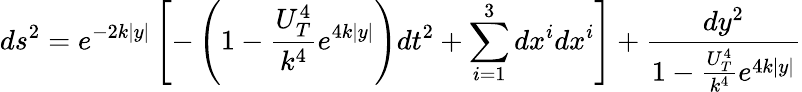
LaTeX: ds^{2}=e^{-2k|y|}\left[-\left(1-\frac{U_{T}^{4}}{k^{4}}e^{4k|y|}\right)dt^{2}+\sum_{i=1}^{3}dx^{i}dx^{i}\right]+\frac{dy^{2}}{1-\frac{U_{T}^{4}}{k^{4}}e^{4k|y|}}